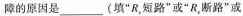
障的原因是___(填“R_{&}，短路”或“R_{&}，断路”或”变阻器断路”或